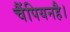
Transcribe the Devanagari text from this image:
चैंपियनहै।